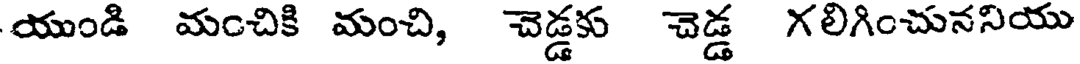
యుండి మంచికి మంచి, చెడ్డకు చెడ్డ గలిగించుననియు